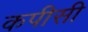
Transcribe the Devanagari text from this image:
कपीसी